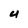
Character: 4